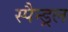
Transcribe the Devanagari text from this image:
स्पैन्ड्रल